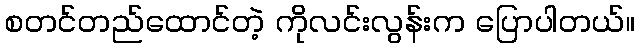
စတင်တည်ထောင်တဲ့ ကိုလင်းလွန်းက ပြောပါတယ်။